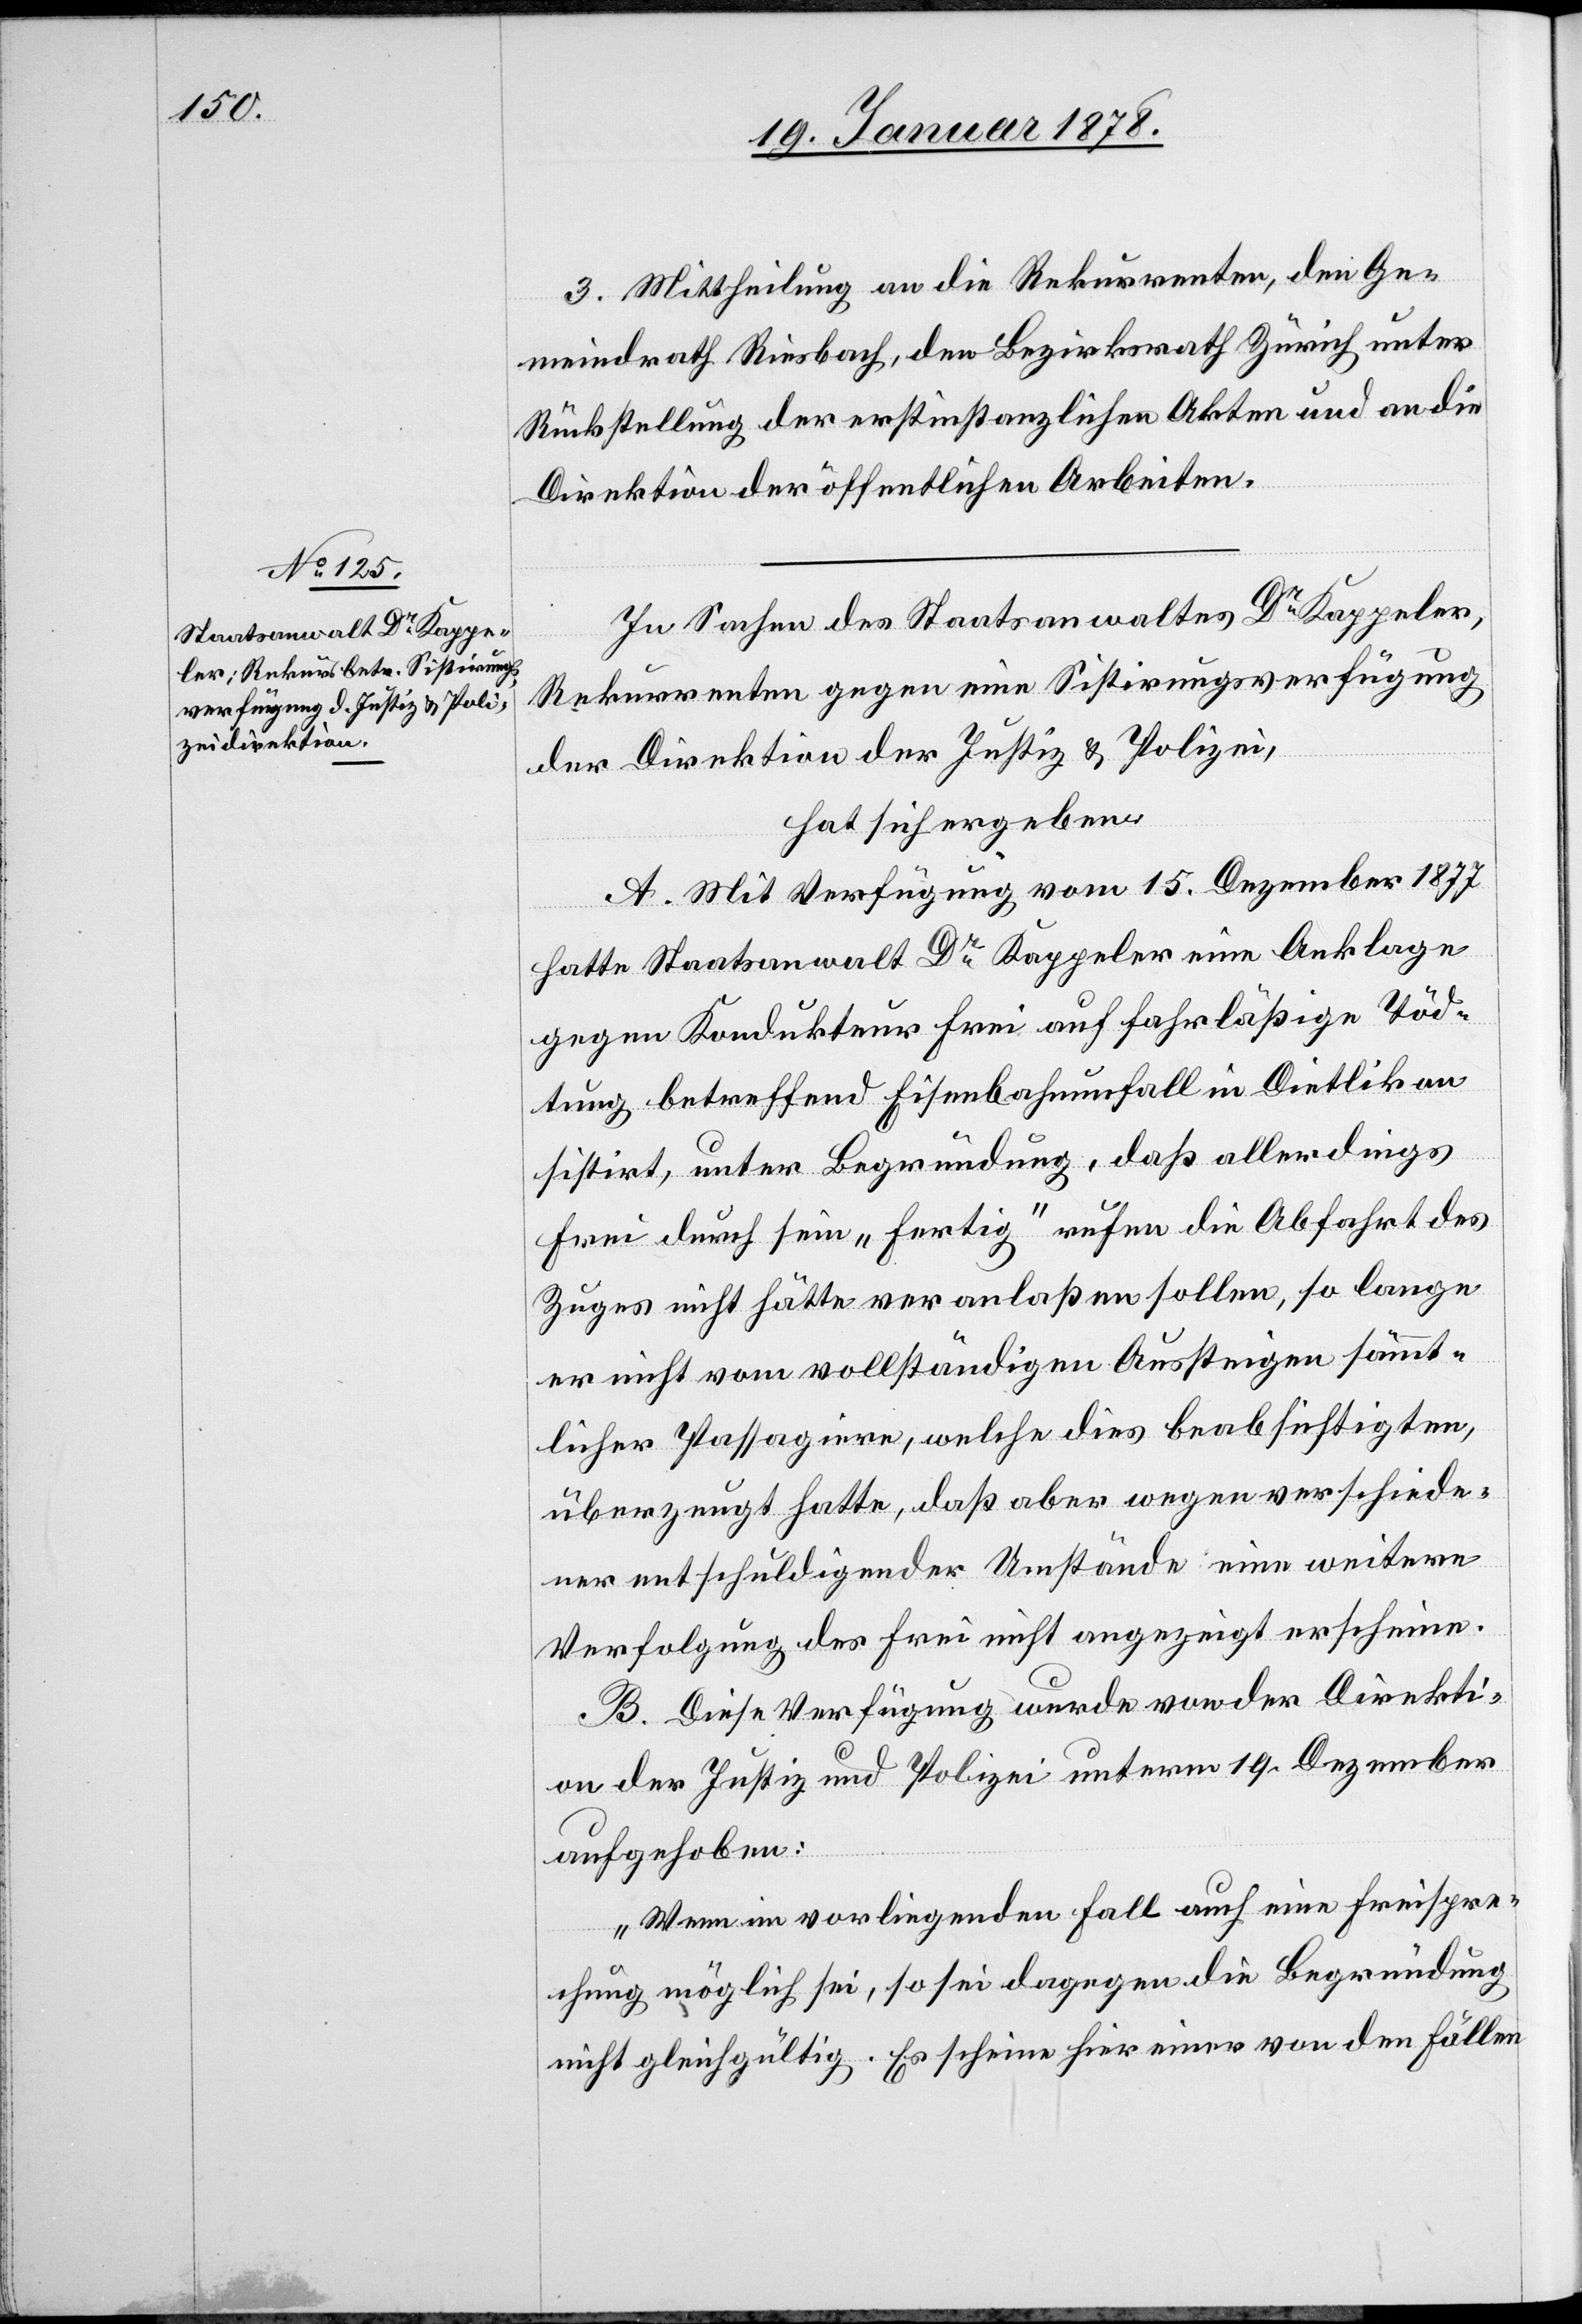
3. Mittheilung an die Rekurrenten, den Ge¬
meindrath Riesbach, den Bezirksrath Zürich unter
Rückstellung der erstinstanzlichen Akten und an die
Direktion der öffentlichen Arbeiten.
In Sachen des Staatsanwaltes Dr. Kappeler,
Rekurrenten gegen eine Sistirungsverfügung
der Direktion der Justiz & Polizei,
hat sich ergeben:
A. Mit Verfügung vom 15. Dezember 1877
hatte Staatsanwalt Dr. Kappeler eine Anklage
gegen Kondukteur Frei auf fahrlässige Töd¬
tung betreffend Eisenbahnunfall in Dietlikon
sistirt, unter Begründung, daß allerdings
Frei durch sein „fertig“ rufen die Abfahrt des
Zuges nicht hätte veranlaßen sollen, so lange
nicht vom vollständigen Aussteigen sämt¬
licher Passagiere, welche dies beabsichtigten,
überzeugt hatte, das aber wegen verschiede¬
ner entschuldigender Umstände eine weitere
Verfolgung des Frei nicht angezeigt erscheine.
B. Diese Verfügung wurde von der Direkti¬
on der Justiz und Polizei unterm 19. Dezember
aufgehoben:
„Wenn im vorliegenden Fall auch eine Freispre¬
chung möglich sei, so sei dagegen die Begründung
nicht gleichgültig. Es scheine hier einer von den Fällen